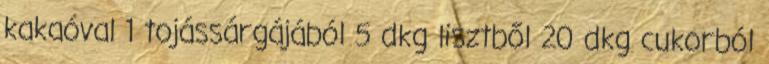
kakaóval 1 tojássárgájából 5 dkg lisztből 20 dkg cukorból